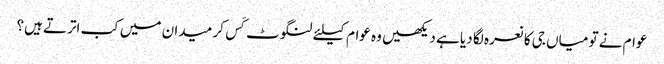
عوام نے تو میاں جی کا نعرہ لگا دیا ہے دیکھیں وہ عوام کیلئے لنگوٹ کَس کر میدان میں کب اترتے ہیں؟